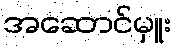
အဆောင်မှူး